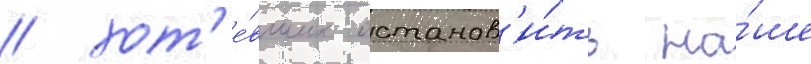
/ хот'е́вших останов'и́ть на́ше